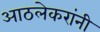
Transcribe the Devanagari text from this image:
आठलेकरांनी